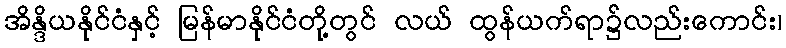
အိန္ဒိယနိုင်ငံနှင့် မြန်မာနိုင်ငံတို့တွင် လယ် ထွန်ယက်ရာ၌လည်းကောင်း၊